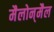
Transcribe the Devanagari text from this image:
मैलोन्‌मैल